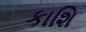
કાશિ